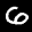
Label: 6